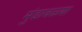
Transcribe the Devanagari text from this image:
मुंडावळ्या